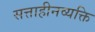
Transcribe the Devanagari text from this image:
सत्ताहीनव्यक्ति